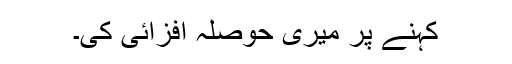
کہنے پر میری حوصلہ افزائی کی۔